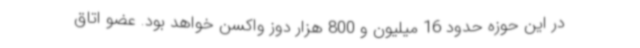
در این حوزه حدود 16 میلیون و 800 هزار دوز واکسن خواهد بود. عضو اتاق